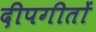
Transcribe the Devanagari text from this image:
दीपगीतों